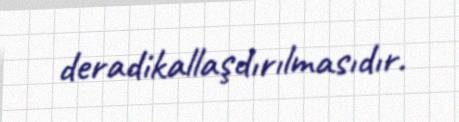
deradikallaşdırılmasıdır.